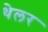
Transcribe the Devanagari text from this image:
थेलर